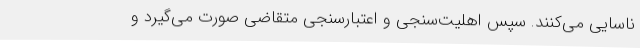
ناسایی می‌کنند. سپس اهلیت‌سنجی و اعتبارسنجی متقاضی صورت می‌گیرد و